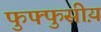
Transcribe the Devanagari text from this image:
फुफ्फुसीय़